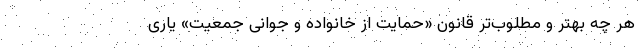
هر چه بهتر و مطلوب‌تر قانون «حمایت از خانواده و جوانی جمعیت» یاری